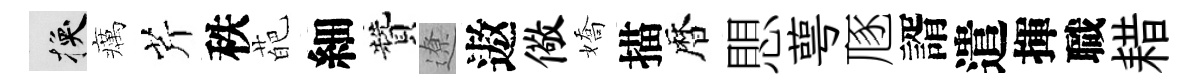
换癘芹秩葩細贊遼遨儆嬌描暦愳萼豗諝遣揮職耤